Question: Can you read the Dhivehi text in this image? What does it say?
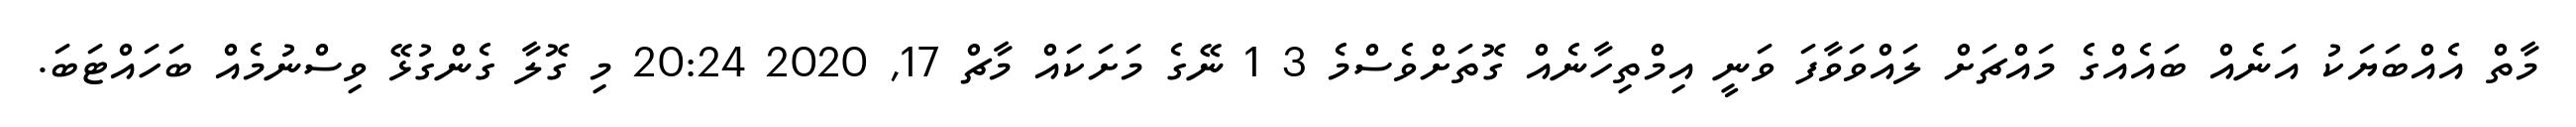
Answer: މާތް އެއްބަޔަކު އަނެއް ބައެއްގެ މައްޗަށް ލައްވަވާފަ ވަނީ އިމްތިހާނެއް ގޮތަށްވެސްމެ 3 1 ނޭގެ މަށަކައް މާޗް 17, 2020 20:24 މި ގޮލާ ގެންގުޅޭ ވިސްނުމެއް ބަހައްޓަބަ.